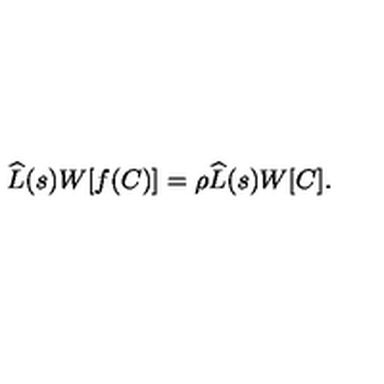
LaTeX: \widehat { L } ( s ) W [ f ( C ) ] = \rho \widehat { L } ( s ) W [ C ] .